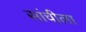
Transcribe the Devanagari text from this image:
सांचीला